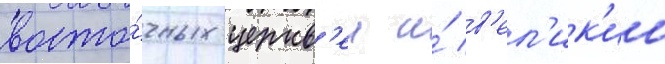
восто́чных церкв'еи и́ в'ел'ик'ии